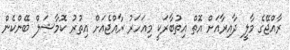
ރާއްޖޭގެ މާލީ ދާއިރާއަށް އޮތް އިތުބާރަކީ މިއަހަރު ރާއްޖެއަށް އިތުރު ކޮމާޝަލް ބޭންކެން